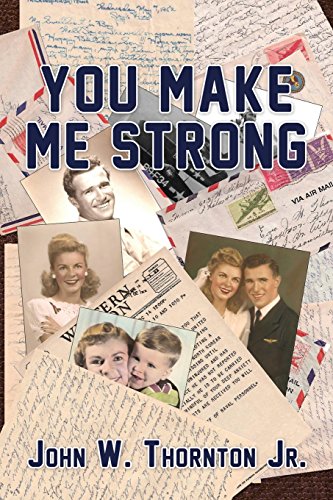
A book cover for You Make Me Strong; John W. Thornton Jr.; Parenting & Relationships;